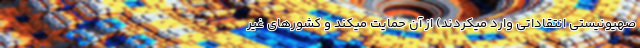
صهیونیستی انتقاداتی وارد میکردند) از آن حمایت میکند و کشور‌های غیر